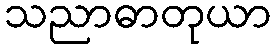
သညာဓာတုယာ